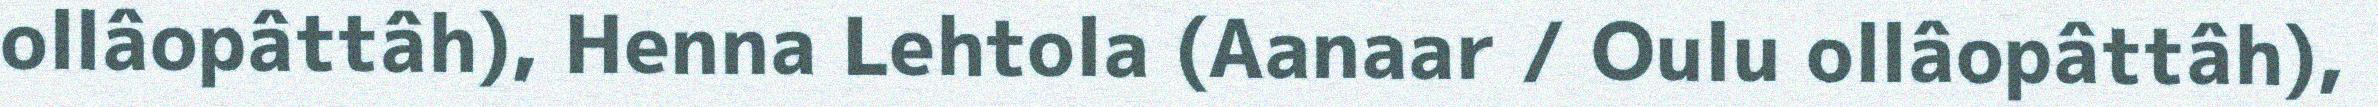
ollâopâttâh), Henna Lehtola (Aanaar / Oulu ollâopâttâh),